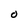
Character: O